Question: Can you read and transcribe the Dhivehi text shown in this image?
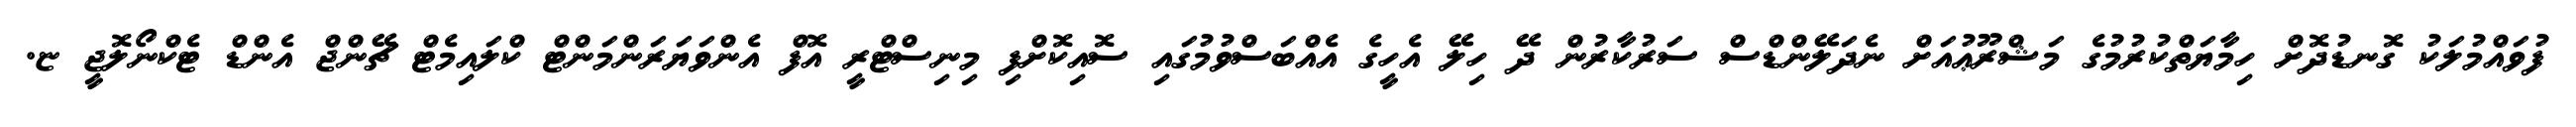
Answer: ފުވައްމުލަކު ގޮނޑުދޮށް ހިމާޔަތްކުރުމުގެ މަޝްރޫޢުއަށް ނެދަލޭންޑްސް ސަރުކާރުން ދޭ ހިލޭ އެހީގެ އެއްބަސްވުމުގައި ސޮއިކޮށްފި މިނިސްޓްރީ އޮފް އެންވަޔަރަންމަންޓް ކްލައިމެޓް ޗޭންޖް އެންޑް ޓެކްނޯލޮޖީ ޏ.